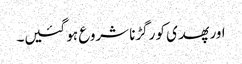
اور پھدی کو رگڑنا شروع ہو گئیں۔